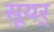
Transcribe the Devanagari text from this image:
सूयर्